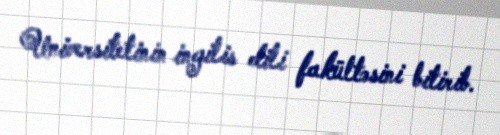
Universitetinin ingilis dili fakültəsini bitirib.